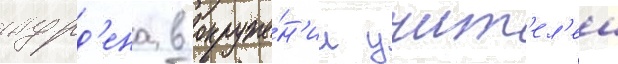
журд'ена в окруже́н'ии учит'ел'еи